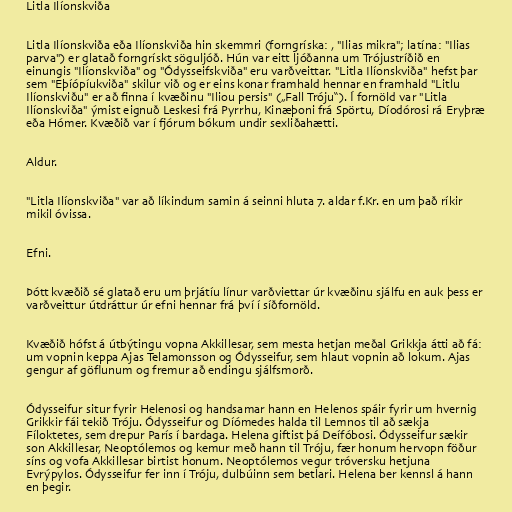
Litla Ilíonskviða

Litla Ilíonskviða eða Ilíonskviða hin skemmri (forngríska: , "Ilias mikra"; latína: "Ilias
parva") er glatað forngrískt söguljóð. Hún var eitt ljóðanna um Trójustríðið en
einungis "Ilíonskviða" og "Ódysseifskviða" eru varðveittar. "Litla Ilíonskviða" hefst þar
sem "Eþíópíukviða" skilur við og er eins konar framhald hennar en framhald "Litlu
Ilíonskviðu" er að finna í kvæðinu "Iliou persis" („Fall Tróju“). Í fornöld var "Litla
Ilíonskviða" ýmist eignuð Leskesi frá Pyrrhu, Kinæþoni frá Spörtu, Díodórosi rá Eryþræ
eða Hómer. Kvæðið var í fjórum bókum undir sexliðahætti.

Aldur.

"Litla Ilíonskviða" var að líkindum samin á seinni hluta 7. aldar f.Kr. en um það ríkir
mikil óvissa.

Efni.

Þótt kvæðið sé glatað eru um þrjátíu línur varðviettar úr kvæðinu sjálfu en auk þess er
varðveittur útdráttur úr efni hennar frá því í síðfornöld.

Kvæðið hófst á útbýtingu vopna Akkillesar, sem mesta hetjan meðal Grikkja átti að fá:
um vopnin keppa Ajas Telamonsson og Ódysseifur, sem hlaut vopnin að lokum. Ajas
gengur af göflunum og fremur að endingu sjálfsmorð.

Ódysseifur situr fyrir Helenosi og handsamar hann en Helenos spáir fyrir um hvernig
Grikkir fái tekið Tróju. Ódysseifur og Díómedes halda til Lemnos til að sækja
Fíloktetes, sem drepur París í bardaga. Helena giftist þá Deífóbosi. Ódysseifur sækir
son Akkillesar, Neoptólemos og kemur með hann til Tróju, fær honum hervopn föður
síns og vofa Akkillesar birtist honum. Neoptólemos vegur tróversku hetjuna
Evrýpylos. Ódysseifur fer inn í Tróju, dulbúinn sem betlari. Helena ber kennsl á hann
en þegir.